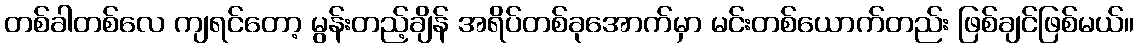
တစ်ခါတစ်လေ ကျရင်တော့ မွန်းတည့်ချိန် အရိပ်တစ်ခုအောက်မှာ မင်းတစ်ယောက်တည်း ဖြစ်ချင်ဖြစ်မယ်။